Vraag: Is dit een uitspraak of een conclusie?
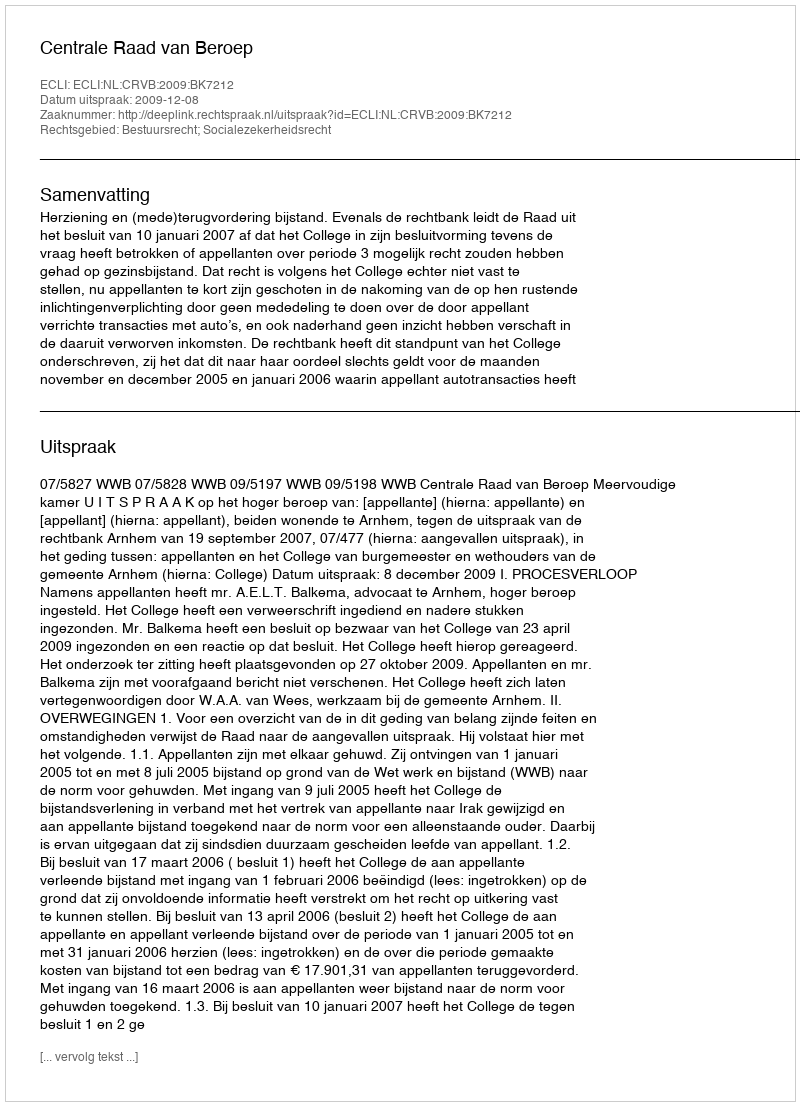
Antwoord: Uitspraak